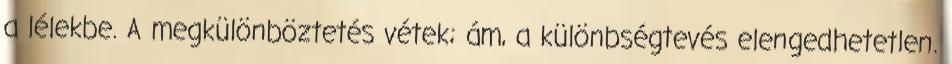
a lélekbe. A megkülönböztetés vétek; ám, a különbségtevés elengedhetetlen.